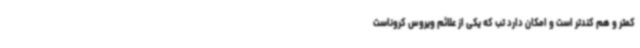
کمتر و هم کندتر است و امکان دارد تب که یکی از علائم ویروس کروناست